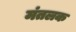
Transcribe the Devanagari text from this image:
मंतलक